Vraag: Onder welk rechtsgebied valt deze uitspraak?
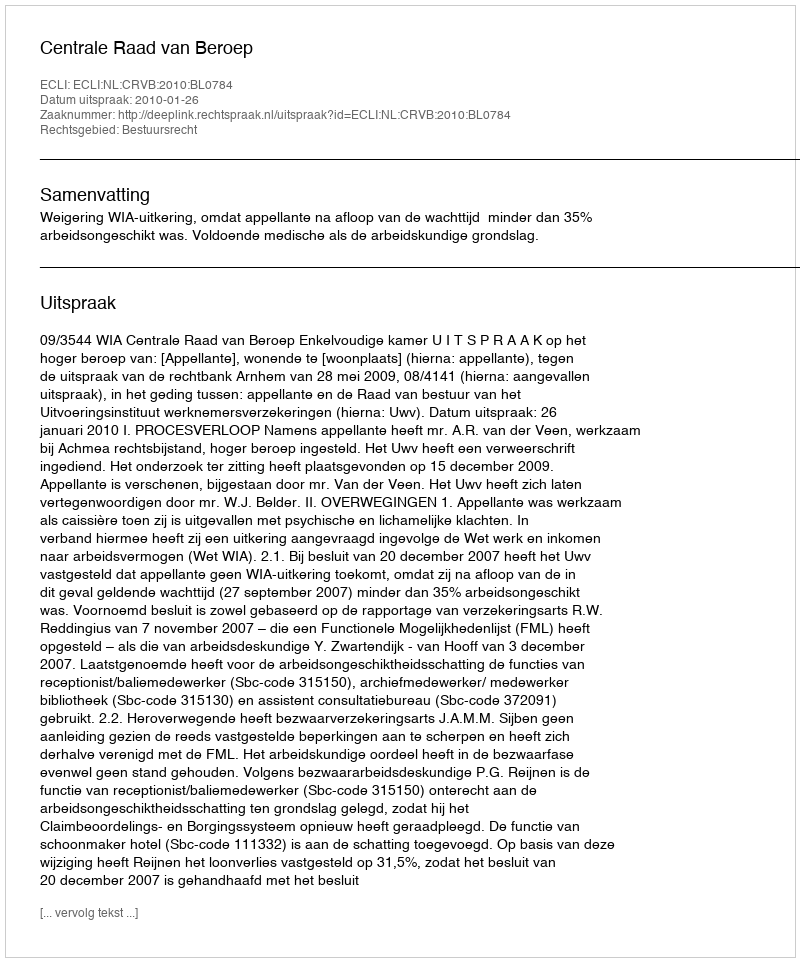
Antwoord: Bestuursrecht